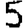
Digit: 5